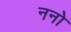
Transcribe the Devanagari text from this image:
ननो